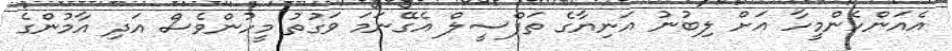
އެއަންހެންމީހާ އަށް ލިބުނު އަނިޔާގެ ތަފްސީލް އެގޭނަމަ ވަގުތު މީހުންވެސް އަދި އާމުންގެ